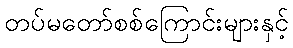
တပ်မတော်စစ်ကြောင်းများနှင့်